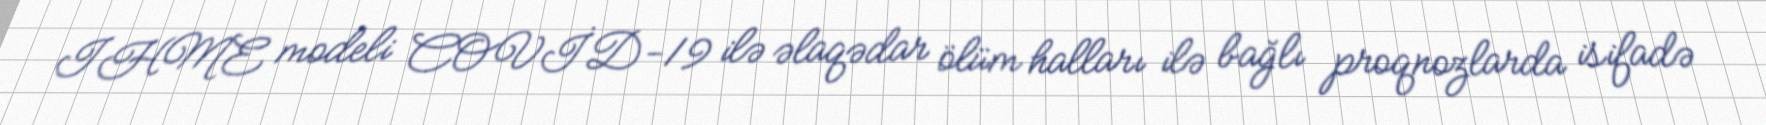
IHME modeli COVİD-19 ilə əlaqədar ölüm halları ilə bağlı proqnozlarda isifadə